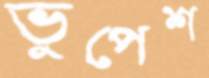
ভুপেশ